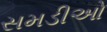
સમડીઓ